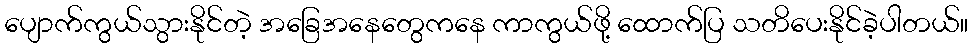
ပျောက်ကွယ်သွားနိုင်တဲ့ အခြေအနေတွေကနေ ကာကွယ်ဖို့ ထောက်ပြ သတိပေးနိုင်ခဲ့ပါတယ်။